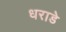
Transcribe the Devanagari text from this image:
धराडे